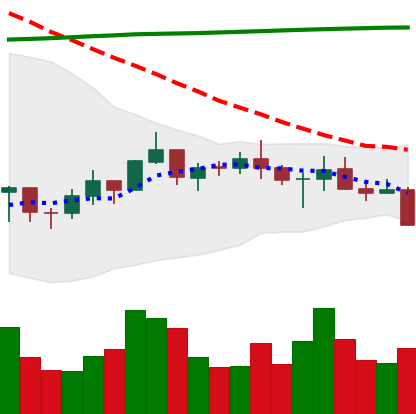
Ticker: BNB-USD
Chart end date: 2021-07-19
Forward return: 7.876%
Label: up_7plus